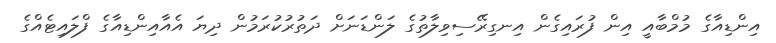
އިންޑިއާގެ މުމްބާއީ އިން ފުރައިގެން އިނގިރޭސިވިލާތުގެ ލަންޑަނަށް ދަތުރުކުރަމުން ދިޔަ އެއާއިންޑިއާގެ ފްލައިޓެއްގެ